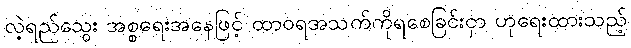
လဲ့ရည်သွေး အစ္စရေးအနေဖြင့် ထာဝရအသက်ကိုရစေခြင်းငှာ ဟုရေးထားသည့်